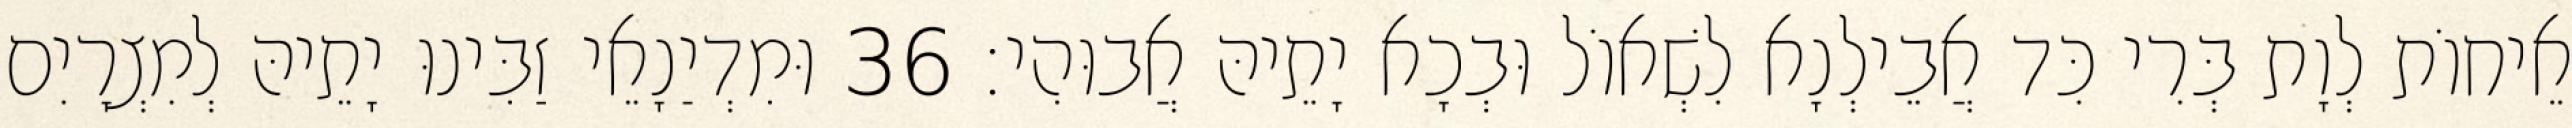
אֵיחוֹת לְוָת בְּרִי כִּד אֲבֵילְנָא לִשְׁאוֹל וּבְכָא יָתֵיהּ אֲבוּהִי׃ 36 וּמִדְיַנָאֵי זַבִּינוּ יָתֵיהּ לְמִצְרָיִם